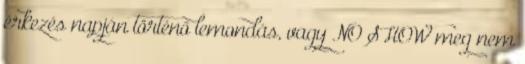
érkezés napján történő lemondás, vagy NO SHOW meg nem